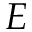
E